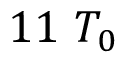
1 1 \ T _ { 0 }